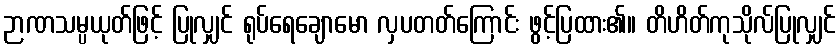
ဉာဏသမ္ပယုတ်ဖြင့် ပြုလျှင် ရုပ်ရေချောမော လှပတတ်ကြောင်း ဖွင့်ပြထား၏။ တိဟိတ်ကုသိုလ်ပြုလျှင်